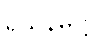
ရသနိမိတ္တ